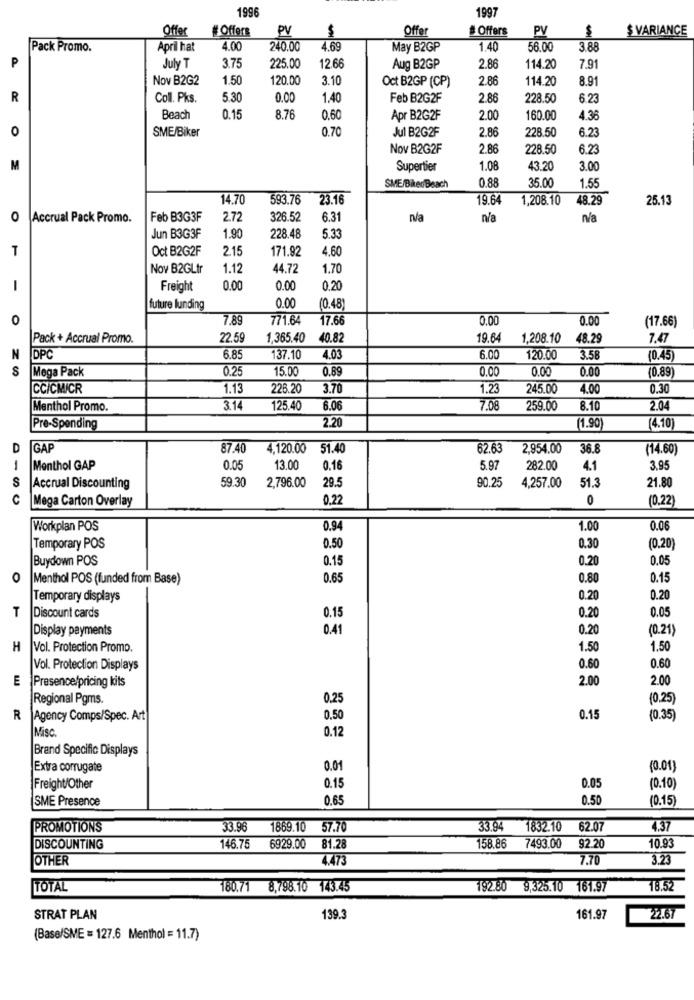
1996
1997
Offer #Offers
PV
$
Offer
# Offers
PV
$
$ VARIANCE
Pack Promo.
April hat
4.00
240.00
4.69
May B2GP
1.40
56.00
3.88
P
July T
3.75
225.00
12.66
Aug B2GP
2.86
114.20
7.91
Nov B2G2
1.50
120.00
3.10
Oct B2GP (CP)
2.86
8.91
114.20
R
Coll. Pks.
5.30
0.00
1.40
Feb B2G2F
2 8
228.50
6.23
Beach
0.15
8.76
0.60
Apr B2G2F
2.00
160.00
4.36
0
SME/Biker
0.70
2.86
6.23
Jul B2G2F
228.50
Nov B2G2F
2.86
228.50
6.2.
M
Supertier
1.0
43.20
3.00
0.88
35.00
1.5
SME/BikerBeach
14.70
593.76
23.16
19.64
1,208.10
48.29
25.13
0
Accrual Pack Promo.
Feb B3G3F
2.72
326.52
6.31
n/a
n/a
Jun B3G3F
1.90
228.48
5.33
T
Oct B2G2F
2.15
171.92
4.60
Nov B2GLtr
1.12
44.72
1.70
-
Freight
0.00
0.00
0.20
future funding
0.00
(0.48)
0
7.89
771.64
17.66
0.0
0.00
(17.66)
Pack + Accrual Promo.
22.59
1,365.40
40.82
19.64
1,208.10
48.29
7.47
N
DPC
6.8
137.10
4.0
6.00
120.00
3.58
(0.45)
0.25
15.00
0.69
0.00
0.00
0.00
(0.89)
Mega Pack
CCICMICR
1.13
225.20
3.70
1.23
245.00
4.00
0.30
Menthol Promo.
3.14
125.40
6.06
7.08
259.00
8.10
2.04
2.20
Pre-Spending
(1.90
(4.10)
D
GAP
87.40
4,120.00
51.40
62.63
2,954.00
36.8
(14.60)
Menthol GAP
0.05
13.00
0.16
5.97
282.00
4.1
3.95
S
59.30
29.
90.25
4,257.00
51.3
Accrual Discounting
2,796.00
21.80
Mega Carton Overlay
0.22
0
(0.22)
Workplan POS
0.94
1.00
0.06
0.50
Temporary POS
0.30
(0.20)
Buydown POS
0.15
0.20
0.05
0
Menthol POS (funded from Base)
0.65
0.80
0.15
Temporary displays
0.20
0.20
T
0.15
0.05
Discount cards
0.20
Display payments
0.41
0.20
(0.21)
H
Vol. Protection Promo.
1.50
1,50
Vol. Protection Displays
0.60
0.60
E
Presence/pricing kits
2.00
2.00
Regional Pgms.
0.25
(0.25)
R
Agency Comps/Spec. Art
0.50
0.15
(0.35)
Misc
0.12
Brand Specific Displays
Extra corrugate
0.01
(0.01)
0.15
0.05
Freight/Other
(0.10)
SME Presence
0.6
0.50
(0.15)
PROMOTIONS
33.96
1869.10
57.70
33.94
1832.10
62.07
4.37
81.28
92.20
10.93
DISCOUNTING
146.75
6929.00
158.86
7493.00
OTHER
4.473
7.70
3.23
TOTAL
180.71 8,798.10 143.45
192.80
9,325.10 161.97
18.52
STRAT PLAN
139.3
161.97
22.67
(Base/SME = 127.6 Menthol = 11.7)